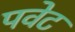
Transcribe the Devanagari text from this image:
पवेट